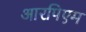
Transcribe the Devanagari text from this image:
आरपिएम